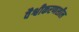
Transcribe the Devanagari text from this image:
वैश्वीकरणशील